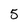
Character: 5